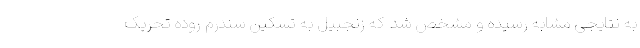
به نتایجی مشابه رسیده و مشخص شد که زنجبیل به تسکین سندرم روده تحریک